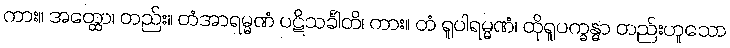
ကား။ အတ္ထော၊ တည်း။ တံအာရမ္မဏံ ပဋိသင်္ခါတိ၊ ကား။ တံ ရူပါရမ္မဏံ၊ ထိုရူပက္ခန္ဓာ တည်းဟူသော